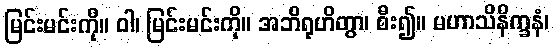
မြင်းမင်းကို။ ဝါ၊ မြင်းမင်းကို။ အဘိရုဟိတွာ၊ စီး၍။ မဟာသိနိက္ခနံ၊